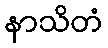
နာသိတံ